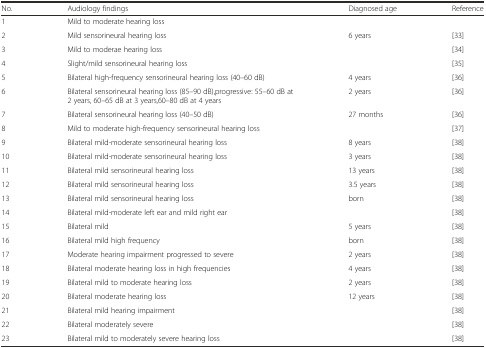
<table><thead><tr><td><b>No.</b></td><td><b>Audiology findings</b></td><td><b>Diagnosed age</b></td><td><b>Reference</b></td></tr></thead><tbody><tr><td>1</td><td>Mild to moderate hearing loss</td><td></td><td></td></tr><tr><td>2</td><td>Mild sensorineural hearing loss</td><td>6 years</td><td>[33]</td></tr><tr><td>3</td><td>Mild to moderae hearing loss</td><td></td><td>[34]</td></tr><tr><td>4</td><td>Slight/mild sensorineural hearing loss</td><td></td><td>[35]</td></tr><tr><td>5</td><td>Bilateral high-frequency sensorineural hearing loss (40–60 dB)</td><td>4 years</td><td>[36]</td></tr><tr><td>6</td><td>Bilateral sensorineural hearing loss (85–90 dB),progressive: 55–60 dB at 2 years, 60–65 dB at 3 years,60–80 dB at 4 years</td><td>2 years</td><td>[36]</td></tr><tr><td>7</td><td>Bilateral sensorineural hearing loss (40–50 dB)</td><td>27 months</td><td>[36]</td></tr><tr><td>8</td><td>Mild to moderate high-frequency sensorineural hearing loss</td><td></td><td>[37]</td></tr><tr><td>9</td><td>Bilateral mild-moderate sensorineural hearing loss</td><td>8 years</td><td>[38]</td></tr><tr><td>10</td><td>Bilateral mild-moderate sensorineural hearing loss</td><td>3 years</td><td>[38]</td></tr><tr><td>11</td><td>Bilateral mild sensorineural hearing loss</td><td>13 years</td><td>[38]</td></tr><tr><td>12</td><td>Bilateral mild sensorineural hearing loss</td><td>3.5 years</td><td>[38]</td></tr><tr><td>13</td><td>Bilateral mild sensorineural hearing loss</td><td>born</td><td>[38]</td></tr><tr><td>14</td><td>Bilateral mild-moderate left ear and mild right ear</td><td></td><td>[38]</td></tr><tr><td>15</td><td>Bilateral mild</td><td>5 years</td><td>[38]</td></tr><tr><td>16</td><td>Bilateral mild high frequency</td><td>born</td><td>[38]</td></tr><tr><td>17</td><td>Moderate hearing impairment progressed to severe</td><td>2 years</td><td>[38]</td></tr><tr><td>18</td><td>Bilateral moderate hearing loss in high frequencies</td><td>4 years</td><td>[38]</td></tr><tr><td>19</td><td>Bilateral mild to moderate hearing loss</td><td>2 years</td><td>[38]</td></tr><tr><td>20</td><td>Bilateral moderate hearing loss</td><td>12 years</td><td>[38]</td></tr><tr><td>21</td><td>Bilateral mild hearing impairment</td><td></td><td>[38]</td></tr><tr><td>22</td><td>Bilateral moderately severe</td><td></td><td>[38]</td></tr><tr><td>23</td><td>Bilateral mild to moderately severe hearing loss</td><td></td><td>[38]</td></tr></tbody></table>